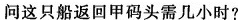
问这只船返回甲码头需几小时?